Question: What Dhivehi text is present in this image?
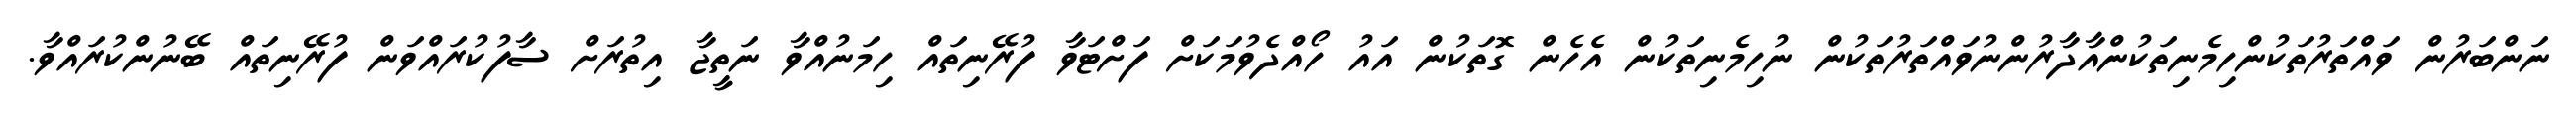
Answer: ނަންބަރުން ވައްތަރުތަކުންހިމެނިތަކުންއާދާރުންނުވައްތަރުތަކުން ނުހިމެނިތަކުން އެހެން ގޮތަކުން އައު ހޯއްދެވުމަކަށް ފަށްޓަވާ ފުރޭނިތައް ހިމަނުއްވާ ނަތީޖާ އިތުރަށް ސާފުކުރައްވަން ފުރޭނިތައް ބޭނުންކުރައްވާ.